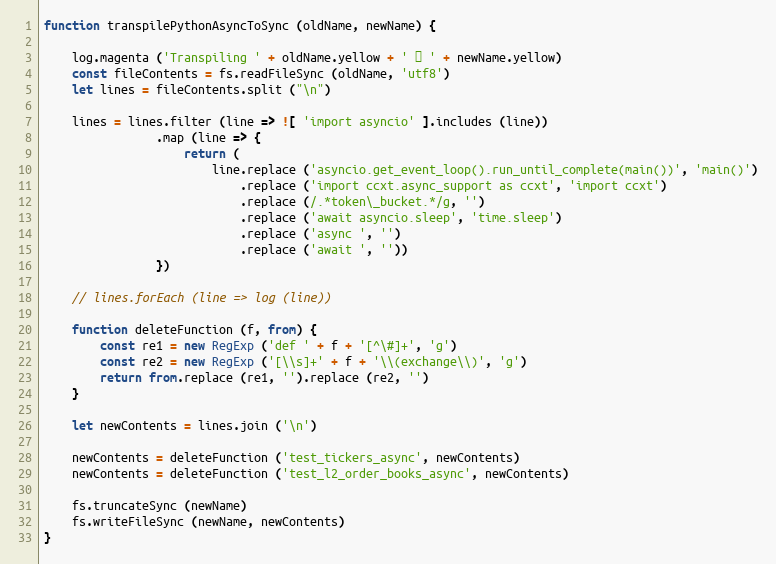
Language: JavaScript
function transpilePythonAsyncToSync (oldName, newName) {

    log.magenta ('Transpiling ' + oldName.yellow + ' → ' + newName.yellow)
    const fileContents = fs.readFileSync (oldName, 'utf8')
    let lines = fileContents.split ("\n")

    lines = lines.filter (line => ![ 'import asyncio' ].includes (line))
                .map (line => {
                    return (
                        line.replace ('asyncio.get_event_loop().run_until_complete(main())', 'main()')
                            .replace ('import ccxt.async_support as ccxt', 'import ccxt')
                            .replace (/.*token\_bucket.*/g, '')
                            .replace ('await asyncio.sleep', 'time.sleep')
                            .replace ('async ', '')
                            .replace ('await ', ''))
                })

    // lines.forEach (line => log (line))

    function deleteFunction (f, from) {
        const re1 = new RegExp ('def ' + f + '[^\#]+', 'g')
        const re2 = new RegExp ('[\\s]+' + f + '\\(exchange\\)', 'g')
        return from.replace (re1, '').replace (re2, '')
    }

    let newContents = lines.join ('\n')

    newContents = deleteFunction ('test_tickers_async', newContents)
    newContents = deleteFunction ('test_l2_order_books_async', newContents)

    fs.truncateSync (newName)
    fs.writeFileSync (newName, newContents)
}